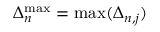
\Delta _ { n } ^ { \mathrm { m a x } } = \operatorname* { m a x } ( \Delta _ { n , j } )